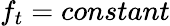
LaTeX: f_{t}=constant